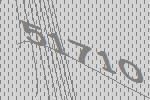
51710